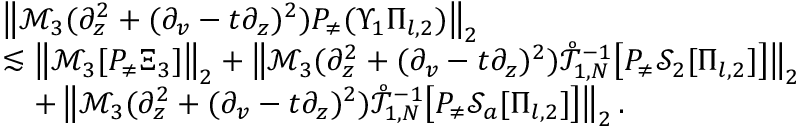
\begin{array} { r l } & { \left\| \mathcal { M } _ { 3 } ( \partial _ { z } ^ { 2 } + ( \partial _ { v } - t \partial _ { z } ) ^ { 2 } ) P _ { \neq } ( \Upsilon _ { 1 } \Pi _ { l , 2 } ) \right\| _ { 2 } } \\ & { \lesssim \left\| \mathcal { M } _ { 3 } [ P _ { \neq } \Xi _ { 3 } ] \right\| _ { 2 } + \left\| \mathcal { M } _ { 3 } ( \partial _ { z } ^ { 2 } + ( \partial _ { v } - t \partial _ { z } ) ^ { 2 } ) \mathring { \mathcal { T } } _ { 1 , N } ^ { - 1 } \big [ P _ { \neq } \mathcal { S } _ { 2 } [ \Pi _ { l , 2 } ] \big ] \right\| _ { 2 } } \\ & { \quad + \left\| \mathcal { M } _ { 3 } ( \partial _ { z } ^ { 2 } + ( \partial _ { v } - t \partial _ { z } ) ^ { 2 } ) \mathring { \mathcal { T } } _ { 1 , N } ^ { - 1 } \big [ P _ { \neq } \mathcal { S } _ { a } [ \Pi _ { l , 2 } ] \big ] \right\| _ { 2 } . } \end{array}